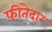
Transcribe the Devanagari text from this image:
फीतेदार